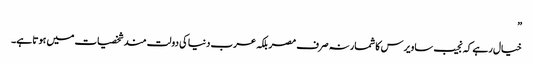
”
خیال رہے کہ نجیب ساویرس کا شمار نہ صرف مصر بلکہ عرب دنیا کی دولت مند شخصیات میں ہوتا ہے۔